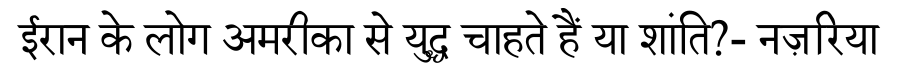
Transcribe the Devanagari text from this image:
ईरान के लोग अमरीका से युद्ध चाहते हैं या शांति?- नज़रिया